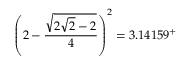
\left( 2 - { \frac { \sqrt { 2 { \sqrt { 2 } } - 2 } } { 4 } } \right) ^ { 2 } = 3 . 1 4 1 5 9 ^ { + }